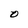
Character: O